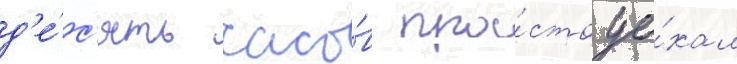
д'е́с'ять часо́в про́сто уе́хал